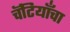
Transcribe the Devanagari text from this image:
चॅटियाँचा